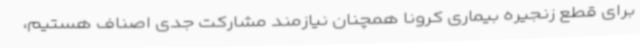
برای قطع زنجیره بیماری کرونا همچنان نیازمند مشارکت جدی اصناف هستیم،